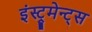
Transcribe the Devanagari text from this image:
इंस्ट्रूमेन्ट्स